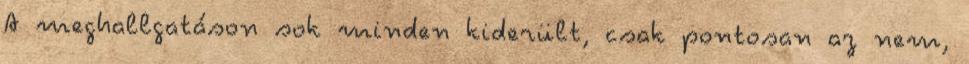
A meghallgatáson sok minden kiderült, csak pontosan az nem,